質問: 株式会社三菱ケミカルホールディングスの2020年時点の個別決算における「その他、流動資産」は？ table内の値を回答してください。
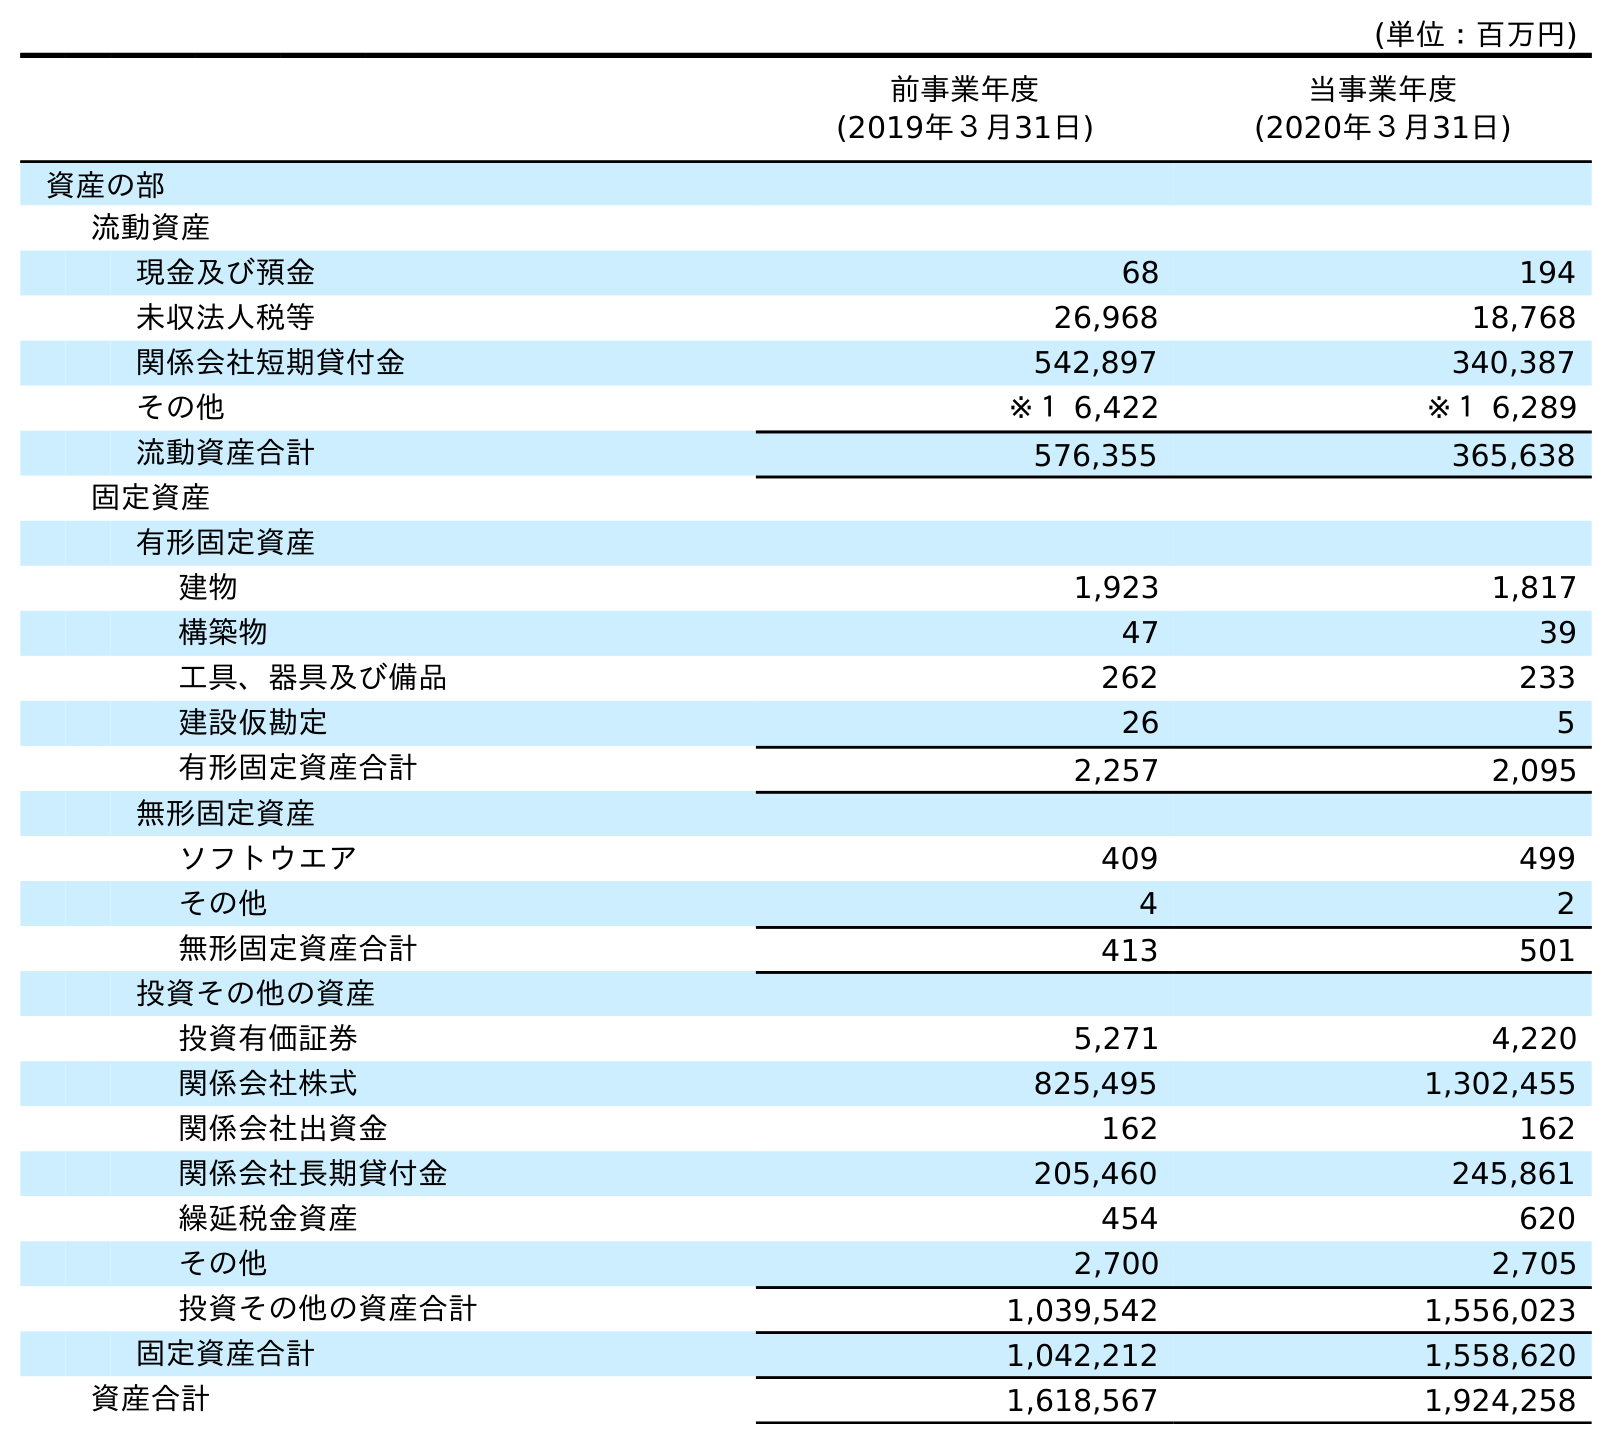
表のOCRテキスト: (単位：百万円) 前事業年度 (2019年３月31日) 当事業年度 (2020年３月31日) 資産の部 流動資産 現金及び預金 68 194 未収法人税等 26,968 18,768 関係会社短期貸付金 542,897 340,387 その他 ※１ 6,422 ※１ 6,289 流動資産合計 576,355 365,638 固定資産 有形固定資産 建物 1,923 1,817 構築物 47 39 工具、器具及び備品 262 233 建設仮勘定 26 5 有形固定資産合計 2,257 2,095 無形固定資産 ソフトウエア 409 499 その他 4 2 無形固定資産合計 413 501 投資その他の資産 投資有価証券 5,271 4,220 関係会社株式 825,495 1,302,455 関係会社出資金 162 162 関係会社長期貸付金 205,460 245,861 繰延税金資産 454 620 その他 2,700 2,705 投資その他の資産合計 1,039,542 1,556,023 固定資産合計 1,042,212 1,558,620 資産合計 1,618,567 1,924,258
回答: ※１6,289